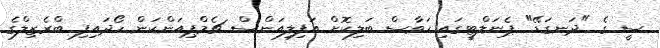
ސީ ގެ "ދަނގަޑޭ" ޕެނަލްޓީގައި ހަވާސް ބަލިކޮށް އަފިލިއަންސް ޗެމްޕިއަންކަން ހޯދައިފި ބްރެޒިލްގެ